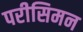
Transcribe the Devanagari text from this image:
परीसिमन